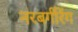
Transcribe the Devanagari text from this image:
नरबर्गरिंग